Insane asylums in Bengal annual reports 1876-1887 - 1876-1887
Year: 1876
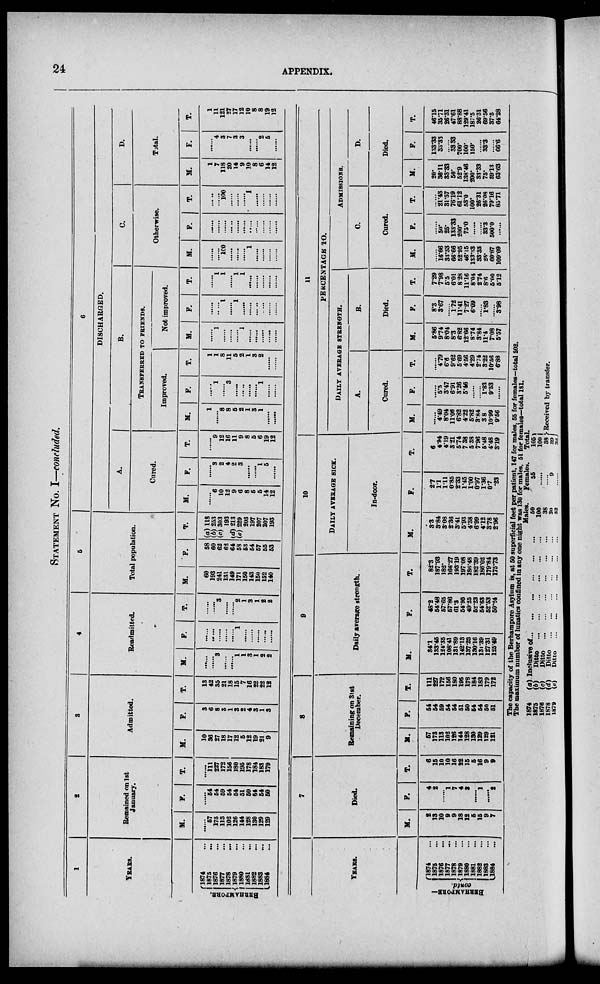
24
APPENDIX.
STATEMENT No. I—concluded.
1
YEARS.
BERHAMPORE.
1874 ...
1875
...
1876
...
1877
...
1878
...
1879
...
1880
...
1881
...
1882
...
1883
...
1884
...
2
Remained on 1st
January.
M.
......
57
173
113
102
126
144
128
130
129
129
F.
......
54
54
59
54
54
51
50
54
54
50
T.
......
111
227
172
156
180
195
178
184
183
179
3
Admitted.
M.
10
36
27
18
17
12
5
12
19
21
9
F.
3
6
8
3
1
3 2
4
3
1
3
T.
13
42
35
21
18
15
7
16
22
22
12
4
Readmitted.
M.
......
......
3
......
......
1
1
3
1
2
2
F.
......
......
......
......
......
1
......
......
......
......
......
T.
......
......
3
......
......
2
1
3
1
2
2
6
Total population.
M.
60
193
241
131
149
171
150
143
150
152
140
F.
58
60
62
62
64
58
53
54
57
55
53
T.
(a) 118
(b) 253
(c)303
193
(d)213 (e)229
203
197
207
207
193
6
DISCHARGED.
A.
Cured.
M.
......
6
10
12
9
6
8
5
5
14
12
F.
......
3
2
4
2
3
......
......
1
5
......
T.
9
12
16
11
9
8
5
6
19
12
B.
TRANSFERRED TO FRIENDS.
Improved.
M.
1
......
8
8
5
2
1
3
1
.......
......
F.
......
1
......
3
......
......
......
......
1
.......
......
T.
1
1
8
11
5
2
1
3
2
......
......
Not improved.
M.
......
1
......
......
......
1
......
......
......
......
......
F.
......
......
1
......
1
......
......
......
......
......
......
T.
......
1
1
......
1
1
......
......
......
......
......
C.
Otherwise.
M.
......
......
100
......
......
......
1
......
......
......
......
F.
......
......
......
......
......
......
......
......
......
......
......
T.
......
......
100
......
......
......
1
......
......
......
......
D.
Total.
M.
1
7
118
20
14
9
10
8
6
14
12
F.
......
4
3
7
3
3
......
......
2
5
......
T.
1
11
121
27
17
12
10
8
8
19
12
.
YEARS.
BERHAMPORE—
contd.
1874 ...
1875 ...
1876 ...
1877 ...
1878 ...
1879 ...
1880 ...
1881 ...
1882 ...
1883 ...
1884 ...
7
Died.
M.
2
13
10
9
9
18
12
5
15
9
7
F.
4
2
......
1
7
4
3
......
1
......
2
T.
6
15
10
10
16
22
15
5
16
9
9
8
Remaining on 31st
December.
M.
57
173
113
102
126
144
128
130
129
129
121
F.
54
54
59
54
54
51
50
54
54
50
51
T.
111
227
172
156
180
195
178
184
183
179
172
9
Daily average strength.
M.
34.1
133.45
124.35
108.41
131.89
142.13
137.23
130.16
131.39
127.31
125.49
F.
48.2
54.48
57.65
57.86
61.3
54.95
49.25
52.23
54.63
52.53
50.24
T.
82.3
187.93
182.
166.27
193.19
197.08
186.48
182.39
186.02
179.84
175.73
10
DAILY AVERAGE SICK.
In-door.
M.
3.3
3.84
3.08
2.36
3.41
5.93
4.38
6.99
4.12
3.78
2.96
F.
2.7
1.1
1.11
0.85
2.33
1.45
1.00
0.97
1.36
0.7
.23
T.
6
4.94
4.19
3.21
5.74
7.38
5.38
7.96
5.48
4.48
3.19
11
PERCENTAGE TO.
DAILY AVERAGE STRENGTH.
A.
Cured.
M.
......
4.49
8.04
11.06
6.82
4.22
5.82
3.84
3.8
10.99
9.56
F.
......
5.5
3.47
6.91
3.26
5.46
......
......
1.83
9.53
......
T.
......
4.79
6.6
9.62
5.69
4.56
4.29
2.74
3.22
10.56
6.88
B.
Died.
M.
5.86
9.74
8.04
8.3
6.82
12.66
8.74
3.84
11.4
7.08
5.57
F.
8.3
3.67
......
1.72
11.41
7.27
6.09
......
1.83
......
3.98
T.
7.29
7.98
5.5
6.01
8.28
11.16
8.04
2.74
8.6
5.00
5.12
ADMISSIONS.
C.
Cured.
M.
......
16.66
33.33
66.66
52.95
46.15
133.33
33.33
25.
60.87
109.09
F.
......
50.
25.
133.33
200.
75.0
......
......
33.3
500.0
......
T.
......
21.43
31.57
76.19
61.12
53.0
100.
26.31
26.08
79.16
85.71
D.
Died.
M.
20.
36.11
33.33
50.
52.9
138.46
200.
33.33
75.
39.13
63.63
F.
133.33
33.33
33.33
700.
100.
150.
33.3
66.6
T.
46.15
35.71
26.31
47.61
88.88
129.41
187.5
26.31
69.56
37.5
64.28
The capacity of the Berhampore Asylum is, at 60 superficial feet per patient, 147 for males. 65 for females—total 202.
The maximum number of lunatics confined in any one night was 130 for males, 51 for females—total 181.
1874
1875
1876
1878
1879
(a) Inclusive of ... ... ... ... ... ...
(b)
Ditto ... ... ... ... ... ...
(c)
Ditto ... ... ... ... ... ...
(d)
Ditto ... ... ... ... ... ...
(e)
Ditto ... ... ... ... ... ...
Males.
50
100
38
30
32
Females.
55
......
......
9
......
Total.
105
100
38
39
32
Received by transfer.